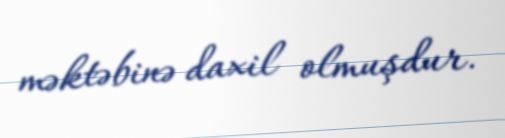
məktəbinə daxil olmuşdur.